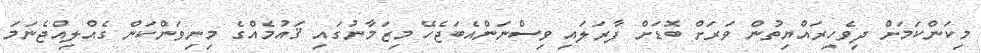
މިކަންކަމަށް ދިވެހިރައްޔިތުން ވަރަށް ބޮޑަށް ފާރަލައި ވިސްނަންއެބަޖެހޭ މިޒަމާނުގައި ޤައުމެއްގެ މިނިވަންކަން ގެއްލިއްޖެނަމަ